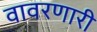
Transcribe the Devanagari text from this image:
वावरणारी